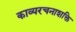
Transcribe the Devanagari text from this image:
काव्यरचनाशक्ति